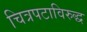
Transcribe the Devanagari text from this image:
चित्रपटाविरुद्ध